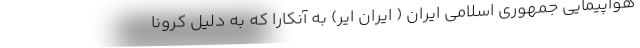
هواپیمایی جمهوری اسلامی ایران ( ایران ایر) به آنکارا که به دلیل کرونا